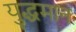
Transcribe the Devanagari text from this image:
युद्धमान